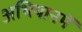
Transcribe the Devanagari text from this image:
अभियानमें